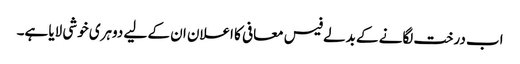
اب درخت لگانے کے بدلے فیس معافی کا اعلان ان کے لیے دوہری خوشی لایا ہے۔